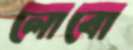
লোবো